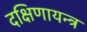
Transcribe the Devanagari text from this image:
दक्षिणायन्त्र